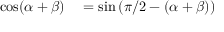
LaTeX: \begin{array} { r l } { \cos ( \alpha + \beta ) } & { { } = \sin \left( \pi / 2 - ( \alpha + \beta ) \right) } \end{array}